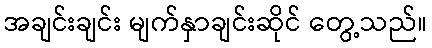
အချင်းချင်း မျက်နှာချင်းဆိုင် တွေ့သည်။